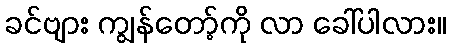
ခင်ဗျား ကျွန်တော့်ကို လာ ခေါ်ပါလား။